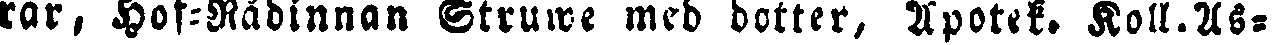
rar, Hof-Rådinnan Struwe med dotter, Apotek. Koll.As-